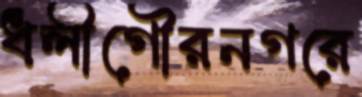
ধলীগৌরনগরে